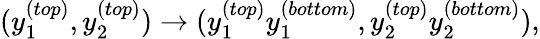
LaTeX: (y_{1}^{(top)},y_{2}^{(top)})\to(y_{1}^{(top)}y_{1}^{(bottom)},y_{2}^{(top)}y_{2}^{(bottom)}),